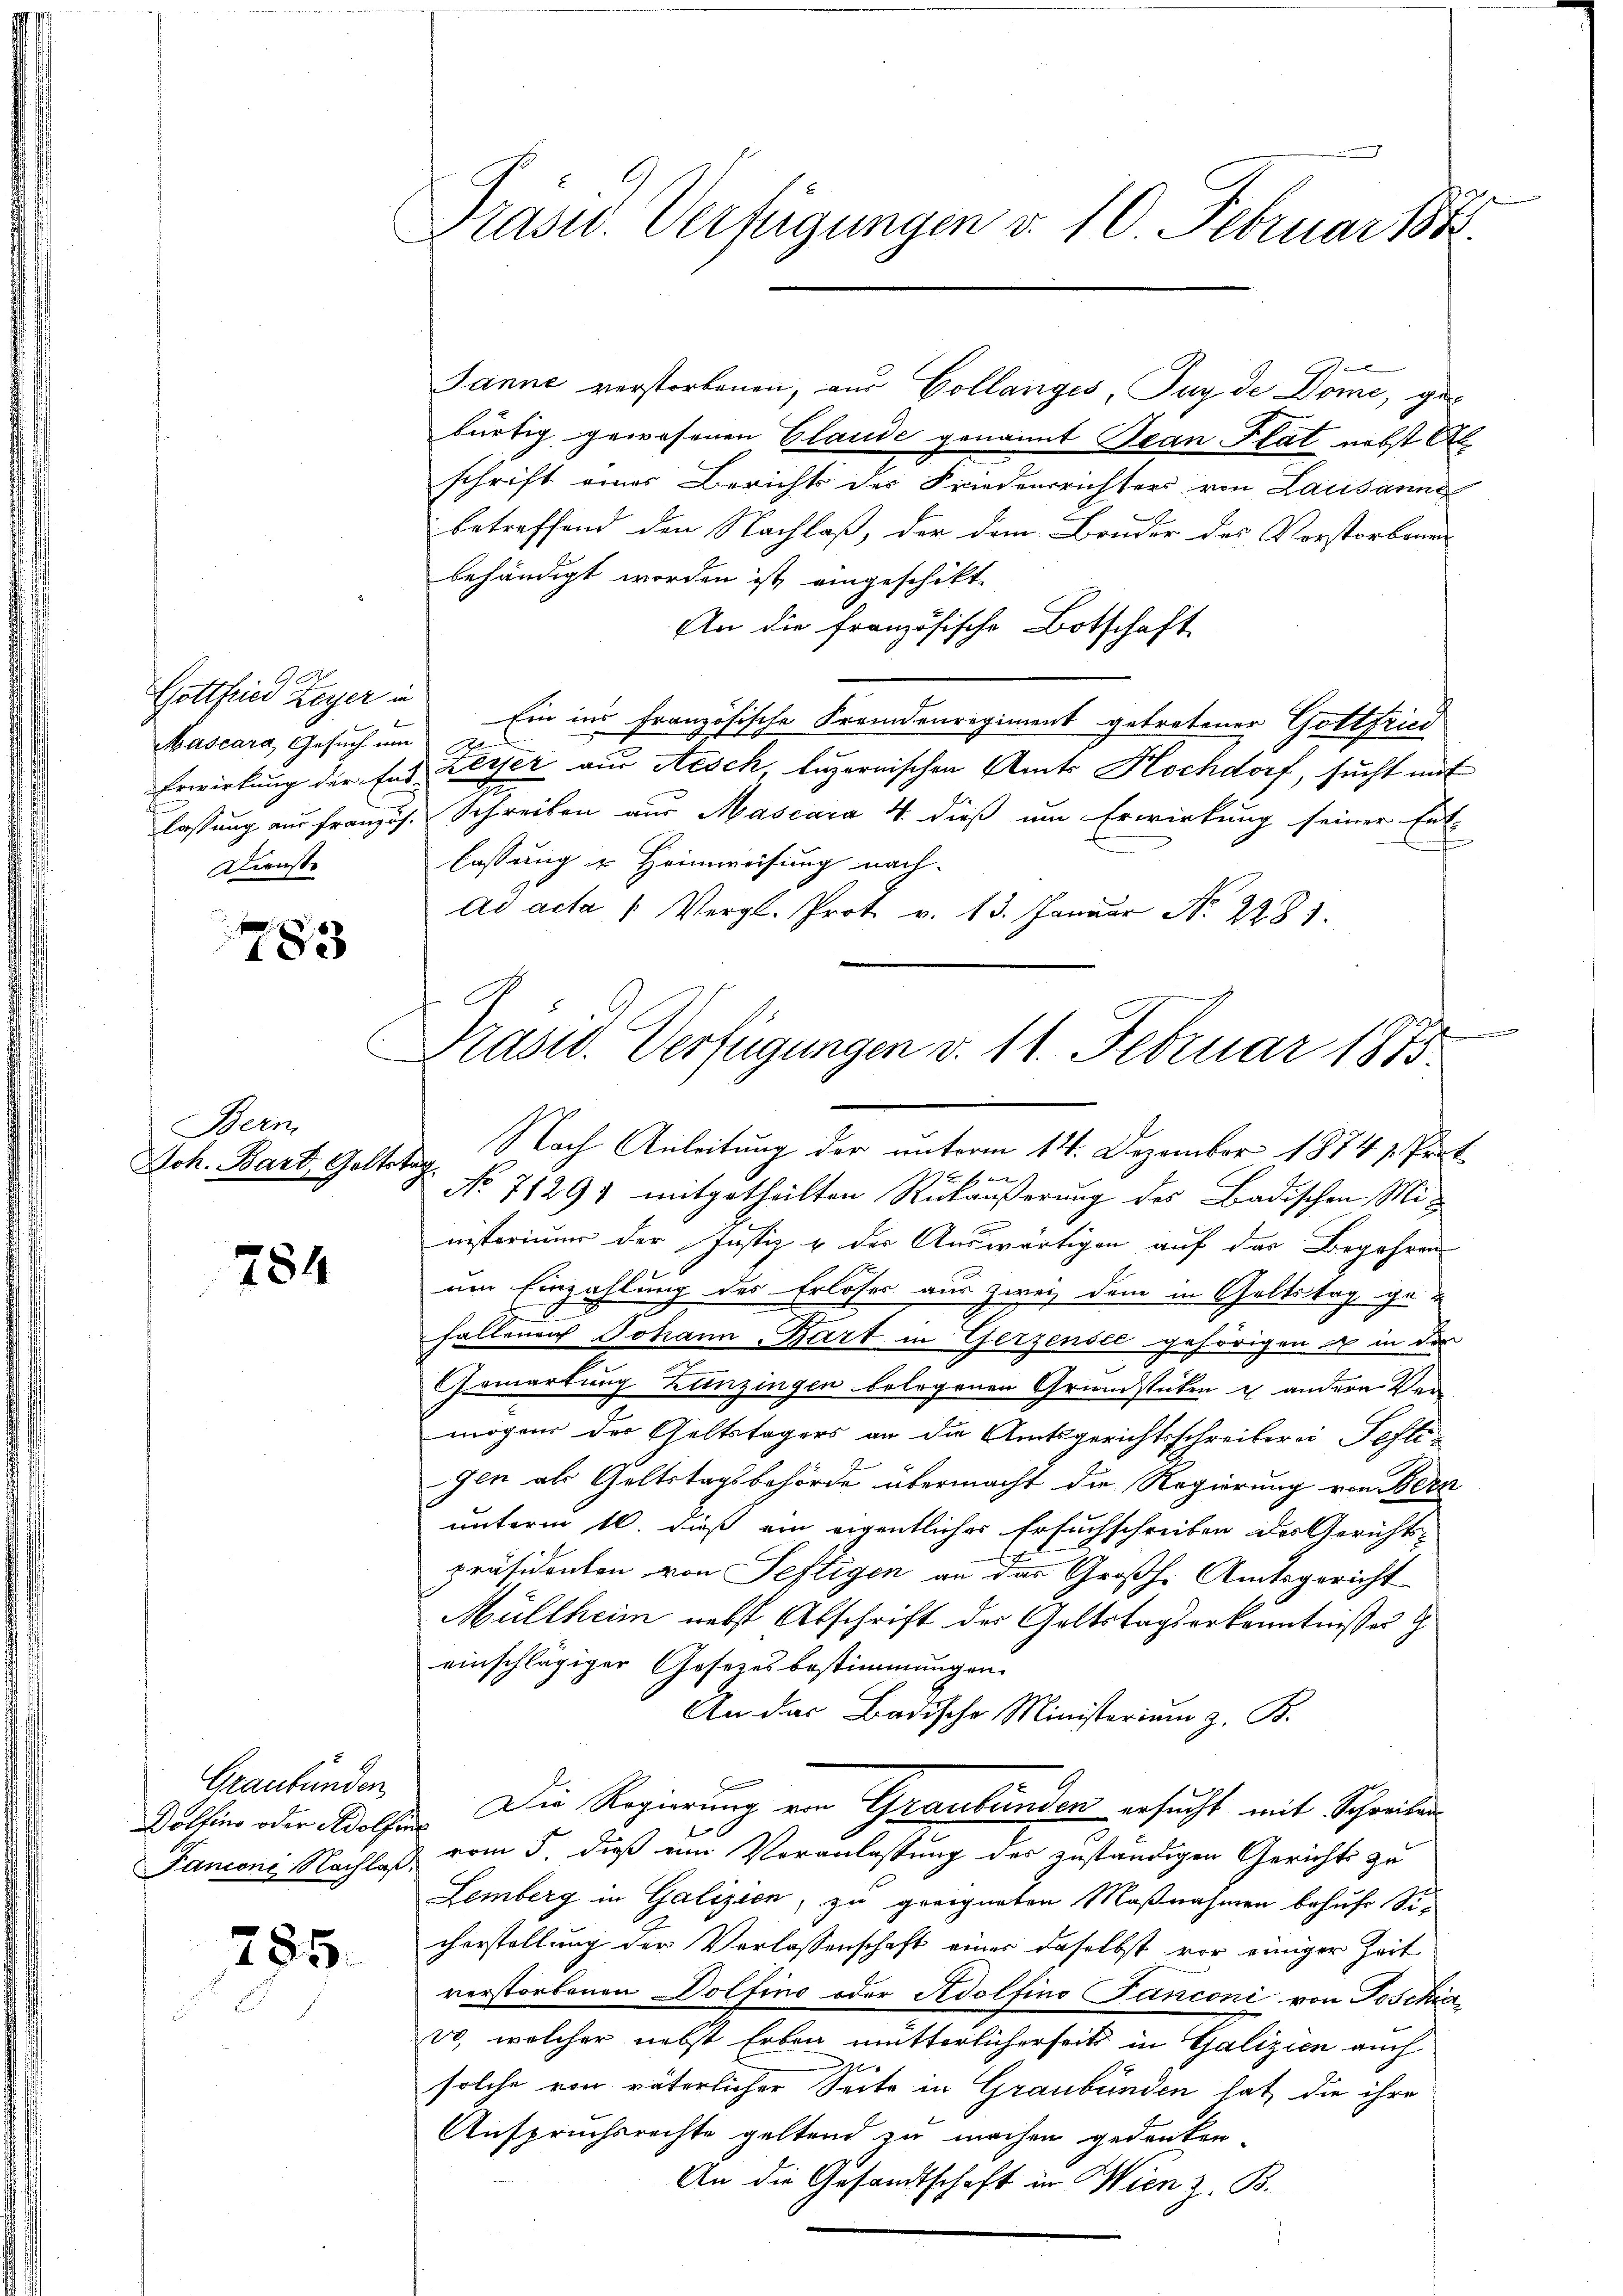
G
Gottfried Leyer in
Mascara, Gesuch um
Dienste

783

Bern
Joh. Bart, Geltstag

784

Graubünden

285.

Präsid.. Verfügungen v. 10. Februar 1888.

bürtig gewesenen Claude genannt Bean Plat nebst Ab
schrift eines Berichts der Friedensrichters von Lausanne
betreffend den Nachlaß, der dem Bruder des Vorstorbonn
behändigt worden ist, eingeschikt.
An die französische Botschaft
Ein ins französische Fremdenregiment getretener Gottfried
A
Erwirkung der End Besser aus Aesch, Luzernischen Amts Hochdorf, sucht auf
lassung aus französ. Schreiben aus Mascara 4. dieß um Erwirkung seiner Entf
lassung u Heimweisung nach-
ad acta " Vergl. Prot. v. 13. Januar Nr. 2281.

Präsid. Verfügungen d. 11. Februar 1875.

Janne verstorbenen, aus Collanges, Juy de Domi, ge¬

Nach Anleitung der unterm 14. Dezember 1874 v. Prot
 fast

No 71291 mitgetheilten Rückäußerung des Badischen Ministerium der Justiz & der Auswärtigen auf der Begehren
um Einzahlung des Erloses aus zwei dem in Geltstag ge-
fallenen Johann Bart in Gerzenste gehörigen u in die
rwartung Lanzingen belegenen Grundstücken u andere Vermögens der Geltstagers an die Amtsgerichtsschreiberei Festigen als Geltstagsbehörde übermacht die Regierung von Bern
unterm 10. dieß ein eigentliches Ersuchschreiben des Gerichts-
präsidenten von Seftigen an das Großh. Amtsgericht
Müllheim nebst Abschrift der Geltstagserkenntnisses
einschlägiger Gesetzesbestimmungen.
An das Badische Ministerium z. B.
Dolhin oder Adolfen. Die Regierung von Graubünden ersucht mit Schreiben
Fanconi Nachlaß vom 5. daß eine Veranlassung des zuständigen Gerichts zu
Lemberg in Galizien, zu geeigneten Maßnahmen behufe Sicherstellung der Verlassenschaft einer daselbst vor einiger Zeit
verstorbenen Dolfino oder Adolfino Fanconi von Joschia
vo, welcher nebst Erben mütterlicherseits in Galizien auch
solche von väterlicher Seite in Graubünden hat, die ihre
Anspruchsrechte geltend zu machen gedrucken.
An die Gesandtschaft in Wien z. B.